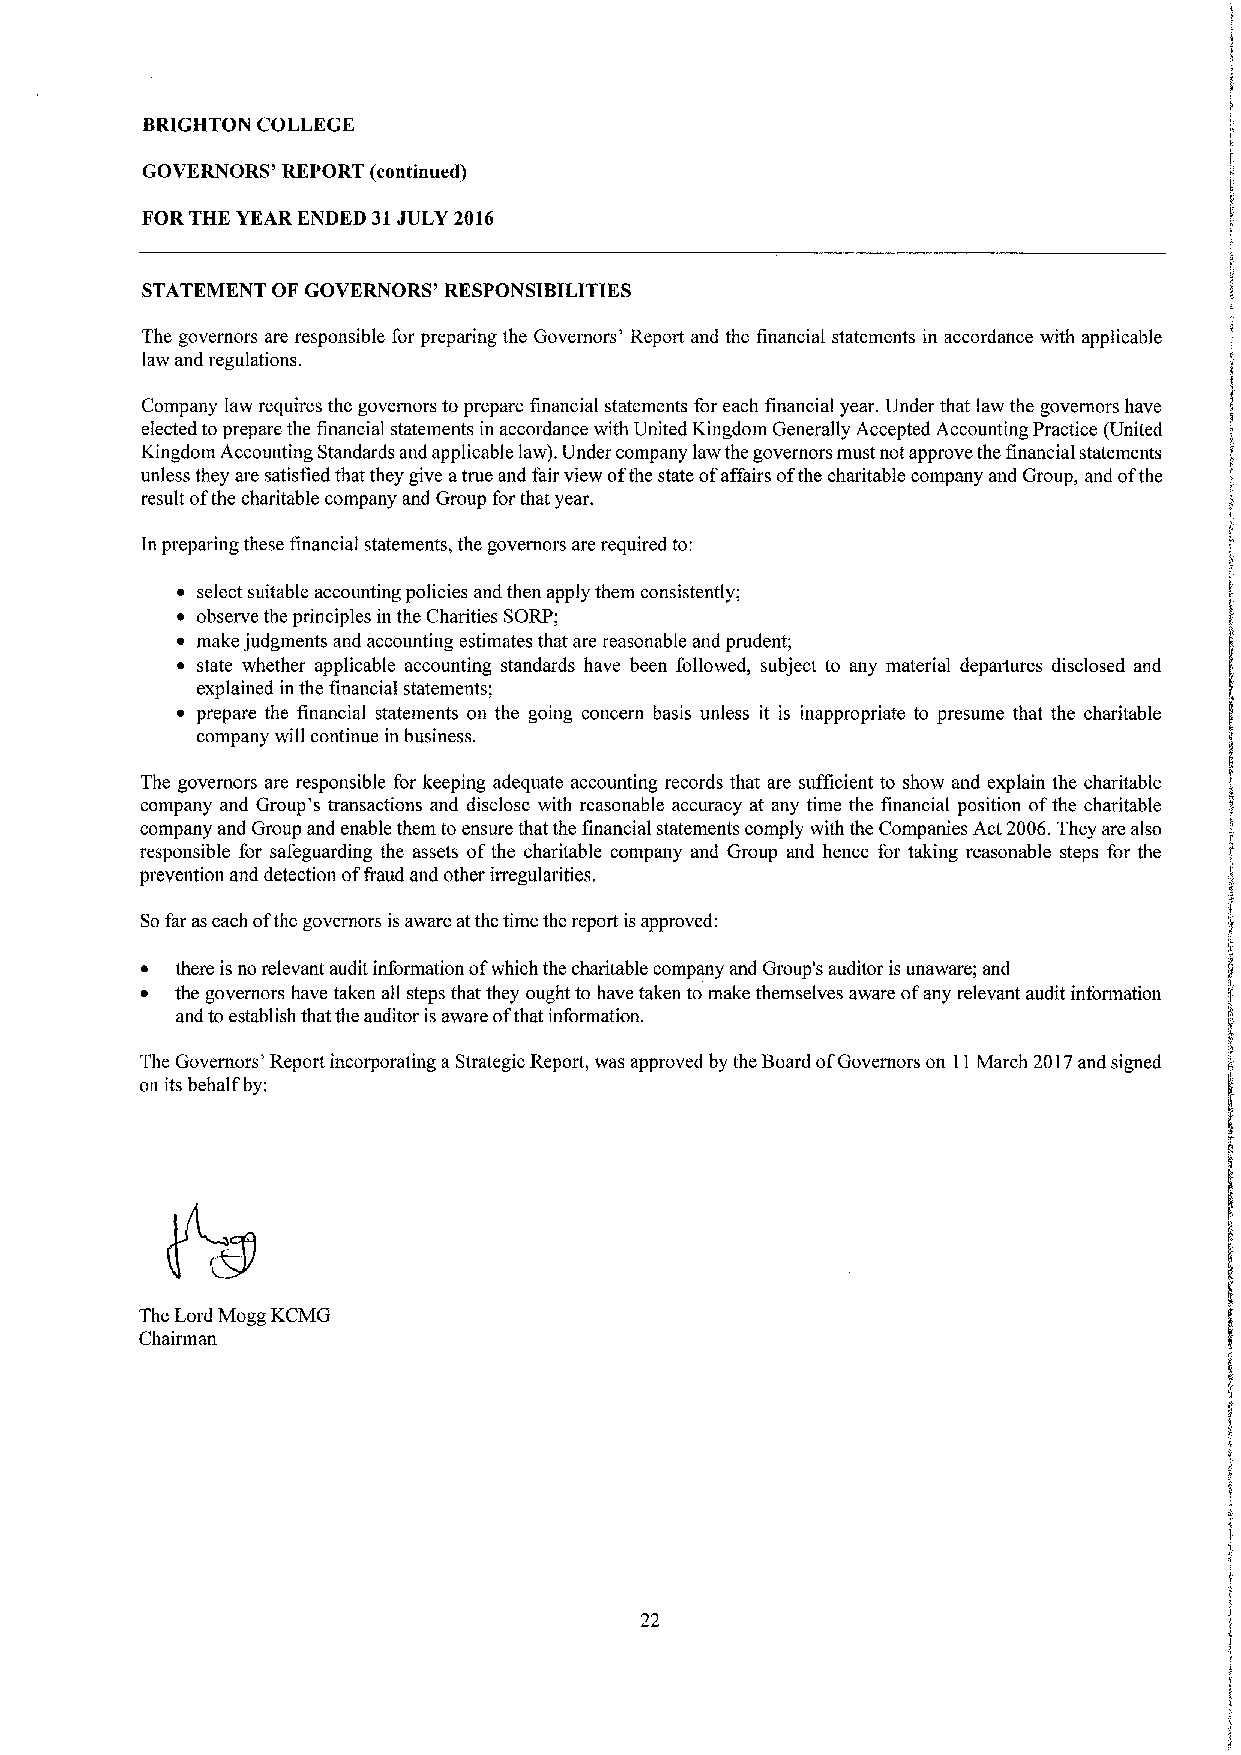
BRIGHTON COLLEGE
 GOVERNORS' REPORT (continued)
 FORTHE YEAR ENDED 31JULY 2016
 STATEMENT OF GOVERNORS' RESPONSIBILITIES
 The governors are responsible for preparing the Governors' Report and the financial statements in accordance with applicable
 law and regulations.
 Company law requires the governors to prepare financial statements for each financial year. Under that law the governors have
 elected to prepare the financial statements in accordance with United Kingdom Generally Accepted Accounting Practice (United
 Kingdom Accounting Standards and applicable law). Under company law the governors must not approve the financial statements
 unless they are satisfied that they give atrue and fair view ofthe state ofaffairs ofthe charitable company and Group, and ofthe
 result ofthe charitable company and Group forthat year.
 In preparing these financial statements, the governors are required to:
 ~ select suitable accounting policies and then apply them consistently;
 ~ observe the principles in the Charities SORP;
 ~ make judgments and accounting estimates that are reasonable and prudent;
 ~ state whether applicable accounting standards have been followed, subject to any material departures disclosed and
 explained in the fiinancial statements;
 ~ prepare the financial statements on the going concern basis unless it is inappropriate to presume that the charitable
 company will continue in business.
 The governors are responsible for keeping adequate accounting records that are sufficient to show and explain the charitable
 company and Group's transactions and disclose with reasonable accuracy at any time the financial position ofthe charitable
 company and Group and enable them to ensure that the financial statements comply with the Companies Act 2006.They are also
 responsible for safeguarding the assets ofthe charitable company and Group and hence for taking reasonable steps for the
 prevention and detection off'raud and other irregularities.
 Sofar as each ofthe governors is aware atthe time the report is approved:
 ~  there is no relevant audit information ofwhich the charitable company and Group's auditor is unaware; and
 ~  the governors have taken all steps that they ought to have taken to make themselves aware ofany relevant audit information
 and to establish that the auditor is aware ofthat information.
 The Governors' Report incorporating a Strategic Report, was approved by the Board ofGovernors on 11March 2017and signed
 on its behalf by;
 The Lord Mogg KCMG
 Chairman
 22